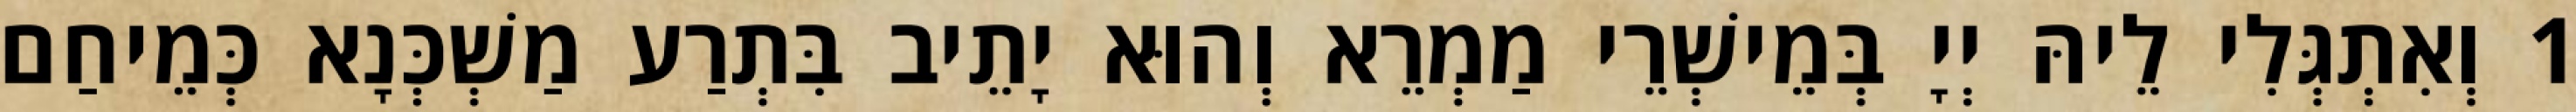
1 וְאִתְגְּלִי לֵיהּ יְיָ בְּמֵישְׁרֵי מַמְרֵא וְהוּא יָתֵיב בִּתְרַע מַשְׁכְּנָא כְּמֵיחַם